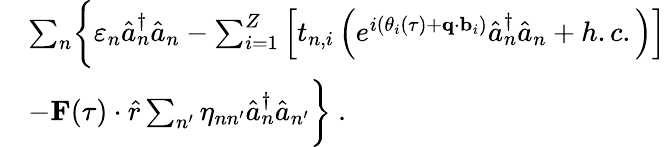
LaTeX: \begin{array}{rl}&{\sum_{n}\biggl\{ \varepsilon_{n}\hat{a}_{n}^{\dagger}\hat{a}_{n}-\sum_{i=1}^{Z}\left[t_{n,i}\left(e^{i(\theta_{i}(\tau)+\textbf{q}\cdot\textbf{b}_{i})}\hat{a}_{n}^{\dagger}\hat{a}_{n}+h.c.\right)\right]}\\ &{-\textbf{F}(\tau)\cdot\hat{r}\sum_{n^{\prime}}\eta_{nn^{\prime}}\hat{a}_{n}^{\dagger}\hat{a}_{n^{\prime}}\biggl\} ~.}\end{array}